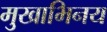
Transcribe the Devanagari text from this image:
मुखाभिनय